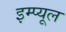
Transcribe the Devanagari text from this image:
इम्प्यूल